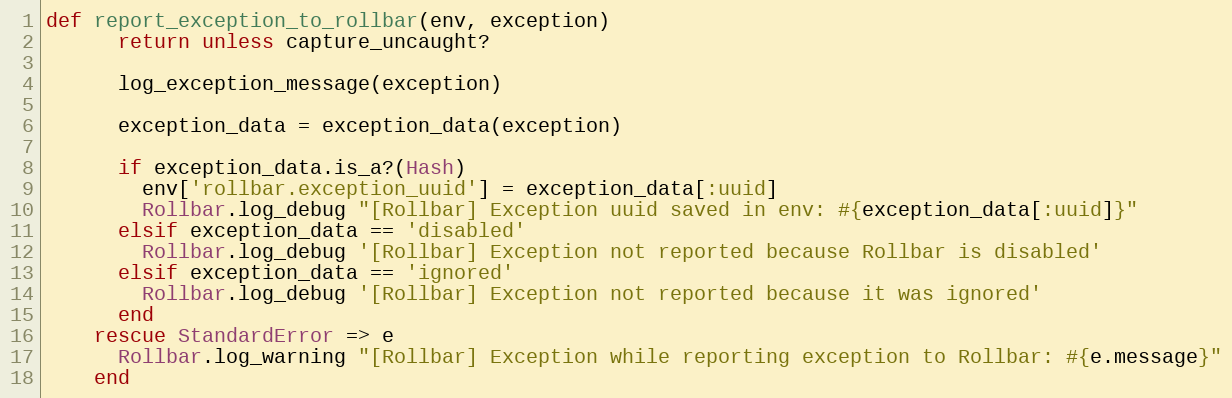
Language: Ruby
def report_exception_to_rollbar(env, exception)
      return unless capture_uncaught?

      log_exception_message(exception)

      exception_data = exception_data(exception)

      if exception_data.is_a?(Hash)
        env['rollbar.exception_uuid'] = exception_data[:uuid]
        Rollbar.log_debug "[Rollbar] Exception uuid saved in env: #{exception_data[:uuid]}"
      elsif exception_data == 'disabled'
        Rollbar.log_debug '[Rollbar] Exception not reported because Rollbar is disabled'
      elsif exception_data == 'ignored'
        Rollbar.log_debug '[Rollbar] Exception not reported because it was ignored'
      end
    rescue StandardError => e
      Rollbar.log_warning "[Rollbar] Exception while reporting exception to Rollbar: #{e.message}"
    end